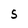
Character: 5